Civil Veterinary Dept. Bombay admin report 1900-1906 - 1900-1906
Year: 1900
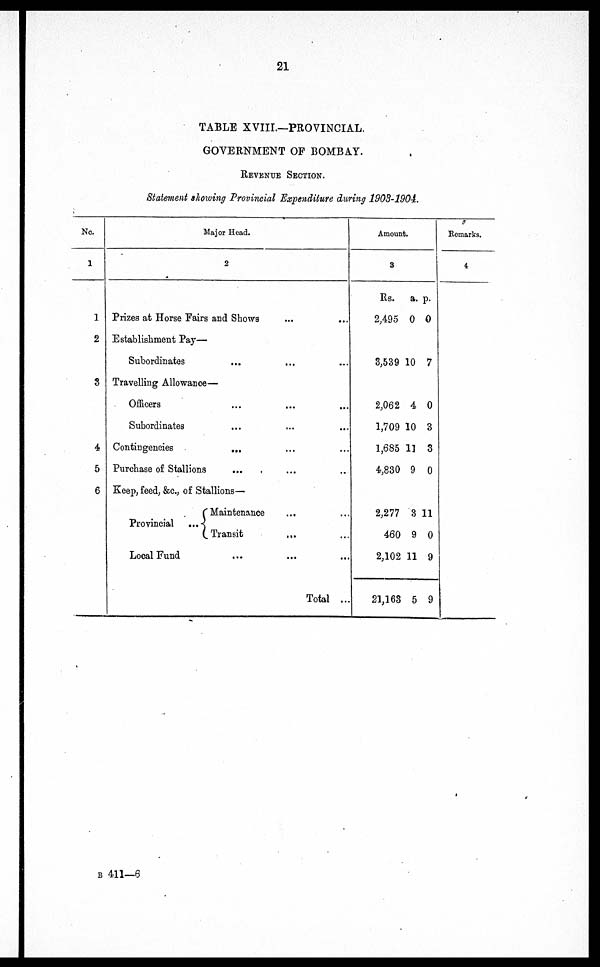
21
TABLE XVIII.—PROVINCIAL.
GOVERNMENT OP BOMBAY.
REVENUE SECTION.
Statement showing Provincial Expenditure during 1903-1904.
No.
1
1
2
8
4
5
6
Major Head.
2
Prizes at Horse Fairs and Shows ... ...
Establishment Pay—
Subordinates ... ... ...
Travelling Allowance—
Officers ... ... ...
Subordinates ... ... ...
Contingencies ... ... ...
Purchase of Stallions ... ... ...
Keep, feed, &c., of Stallions—
Provincial ...
Maintenance ... ...
Transit
... ...
Local Fund ... ... ...
Total ...
Amount.
3
Rs.
2,495
a.
0
p.
0
3,539 10 7
2,062
1,709
1,685
4,830
4
10
1]
9
0
3
3
0
2,277
460
2,102
21,163
3
9
11
5
11
0
9
9
Remarks.
4
B 411—6